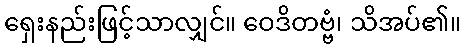
ရှေးနည်းဖြင့်သာလျှင်။ ဝေဒိတဗ္ဗံ၊ သိအပ်၏။